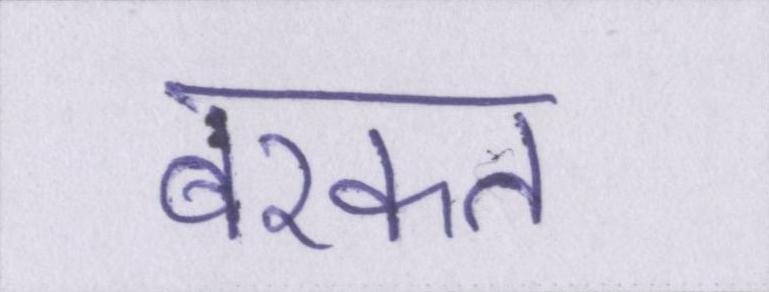
बरकत